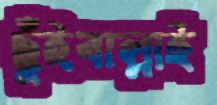
ছুঁইবাল্লাই